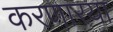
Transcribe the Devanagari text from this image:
करणारया